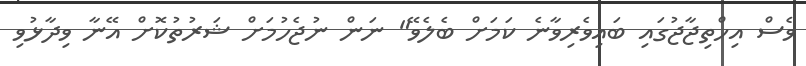
ވެސް އިހްތިޖާޖުގައި ބައިވެރިވާނެ ކަމަށް ބެލެވޭ" ނަން ނުޖެހުމަށް ޝަރުތުކޮށް އޭނާ ވިދާޅުވި